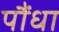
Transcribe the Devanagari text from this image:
पौंधा